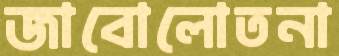
জাবোলোতনা